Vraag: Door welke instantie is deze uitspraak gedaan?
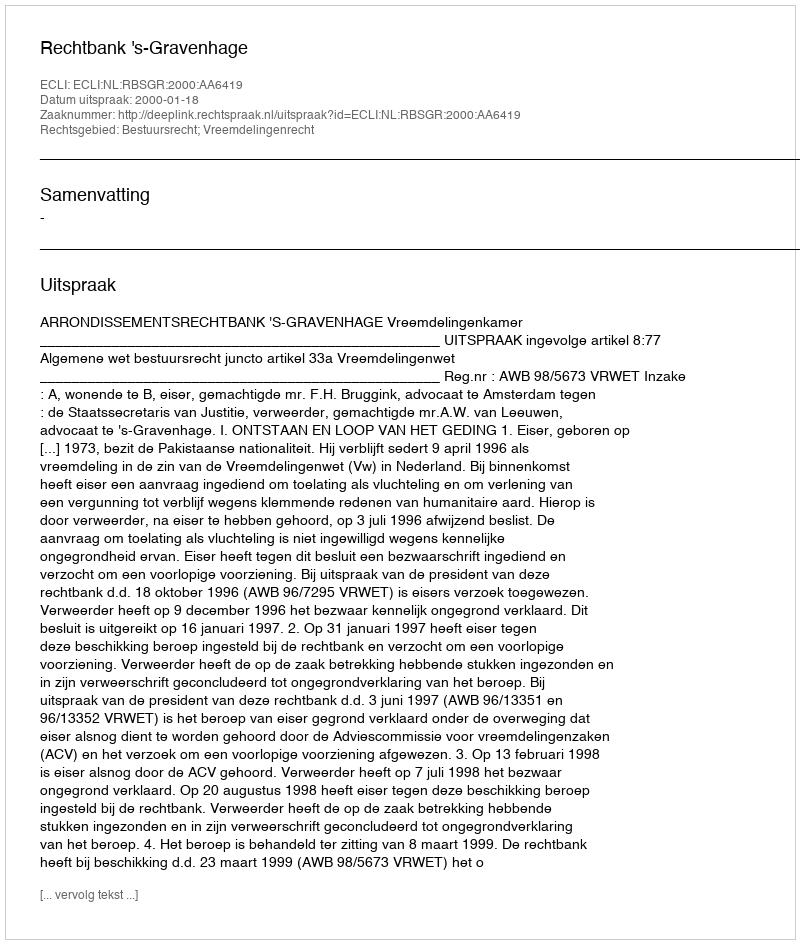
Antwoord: Rechtbank 's-Gravenhage